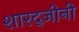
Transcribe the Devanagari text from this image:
शारद्जीनी